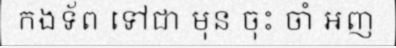
កងទ័ព ទៅជា មុន ចុះ ចាំ អញ